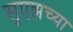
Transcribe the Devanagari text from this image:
सुएझच्या